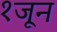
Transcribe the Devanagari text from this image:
१जून